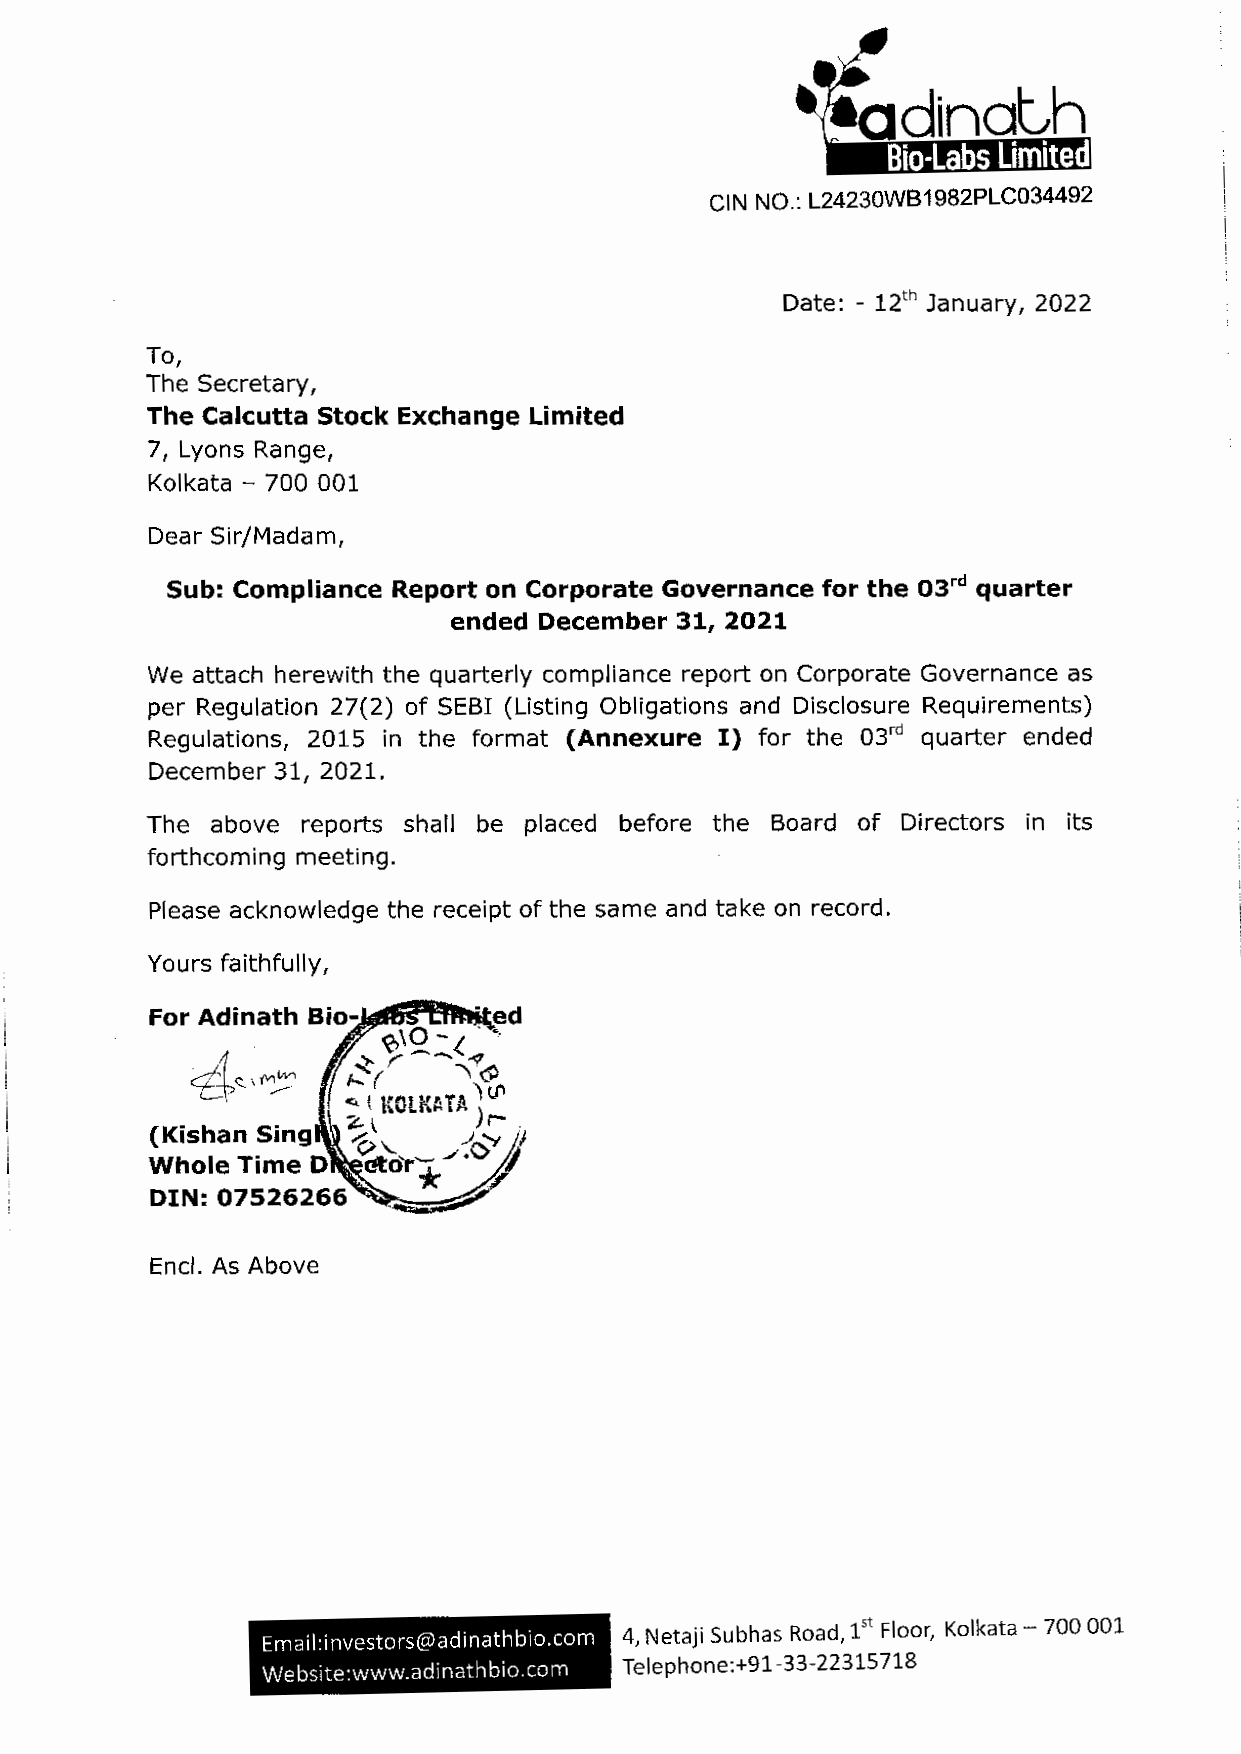
CIN NO.: L24230WB1982PLC034492
 Date: - 12th January, 2022
 To,
 The Secretary,
 The Calcutta Stock Exchange Limited
 7, Lyons Range,
 Kolkata - 700 001
 Dear Sir/Madam,
 Sub: Compliance Report on Corporate Governance for the 03rd quarter
 ended December 31, 2021
 We attach herewith the quarterly compliance report on Corporate Governance as
 per Regulation 27(2) of SEBI (Listing Obligations and Disclosure Requirements)
 Regulations, 2015 in the format (Annexure I) for the 03rd quarter ended
 December 31, 2021.
 The above reports shall be placed before the Board of Directors in its
 forthcoming meeting.
 Please acknowledge the receipt of the same and take on record.
 Yours faithfully,
 4~,M::i
 (Kishan Sing
 Whole Time D
 DIN:07526266
 Encl. As Above
 4, Netaji Subhas Road, 1st Floor, Kolkata - 700 001
 Email:investors@adinathbio.com
 Telephone:+91-33-22315718
 Website:www.adinathbio.com